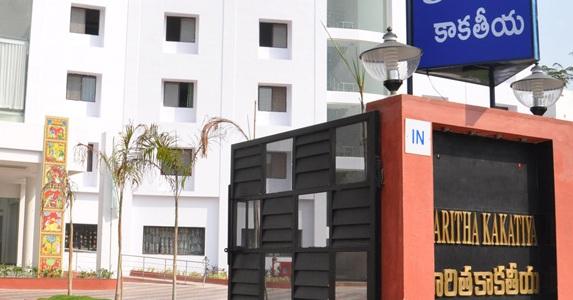
Language: telugu
Transcription: రితకాకతీయ కాకతీయ